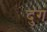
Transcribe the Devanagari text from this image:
दुंग